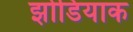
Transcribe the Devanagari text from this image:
झोडियाक